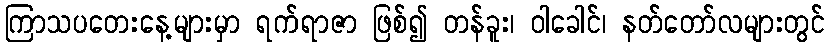
ကြာသပတေးနေ့များမှာ ရက်ရာဇာ ဖြစ်၍ တန်ခူး၊ ဝါခေါင်၊ နတ်တော်လများတွင်